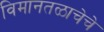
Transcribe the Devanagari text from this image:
विमानतळाचेचे